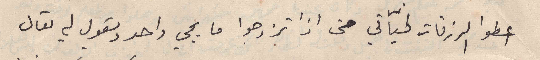
اعطو الرزقات لخيّاتي حتى اذا تزوجوا ما يجي واحد ويقول لي تعال